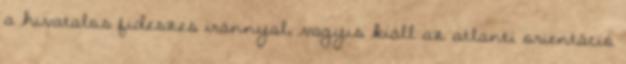
a hivatalos fideszes iránnyal, vagyis kiáll az atlanti orientáció